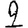
Digit: 2